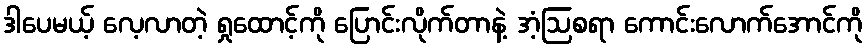
ဒါပေမယ့် လေ့လာတဲ့ ရှုထောင့်ကို ပြောင်းလိုက်တာနဲ့ အံ့ဩစရာ ကောင်းလောက်အောင်ကို